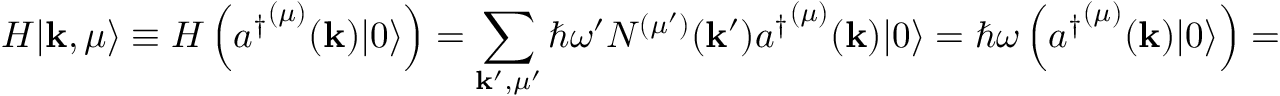
H | \mathbf { k } , \mu \rangle \equiv H \left( { a ^ { \dagger } } ^ { ( \mu ) } ( \mathbf { k } ) | 0 \rangle \right) = \sum _ { \mathbf { k ^ { \prime } } , \mu ^ { \prime } } \hbar \omega ^ { \prime } N ^ { ( \mu ^ { \prime } ) } ( \mathbf { k } ^ { \prime } ) { a ^ { \dagger } } ^ { ( \mu ) } ( \mathbf { k } ) | 0 \rangle = \hbar \omega \left( { a ^ { \dagger } } ^ { ( \mu ) } ( \mathbf { k } ) | 0 \rangle \right) = \hbar \omega | \mathbf { k } , \mu \rangle .